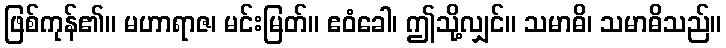
ဖြစ်ကုန်၏။ မဟာရာဇ၊ မင်းမြတ်။ ဧဝံခေါ၊ ဤသို့လျှင်။ သမာဓိ၊ သမာဓိသည်။